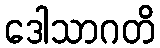
ဒေါသာဂတိ